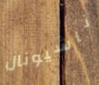
ناشيونال